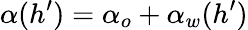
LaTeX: \alpha(h^{\prime})=\alpha_{o}+\alpha_{w}(h^{\prime})